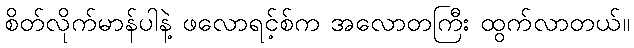
စိတ်လိုက်မာန်ပါနဲ့ ဖလောရင့်စ်က အလောတကြီး ထွက်လာတယ်။